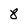
Character: 8